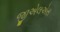
જીએલએસ